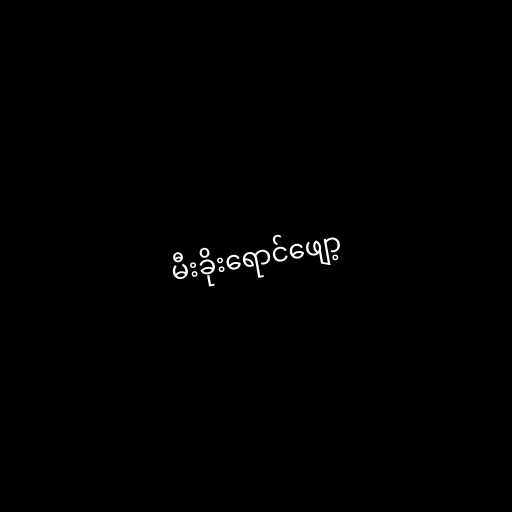
မီးခိုးရောင်ဖျော့